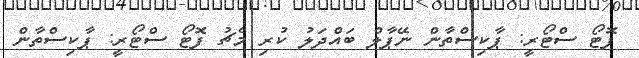
ފޮޓޯ ސްޓޯރީ: ޕާކިސްތާން ނޭޕާލް ބައްދަލު ކުރި މެޗު ފޮޓޯ ސްޓޯރީ: ޕާކިސްތާން